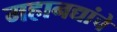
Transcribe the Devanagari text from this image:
महानद्यांचे